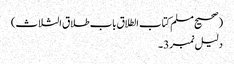
(صحیح مسلم کتاب الطلاق باب طلاق الثلاث)
دلیل نمبر 3۔